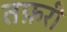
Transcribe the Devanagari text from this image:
तफ़री